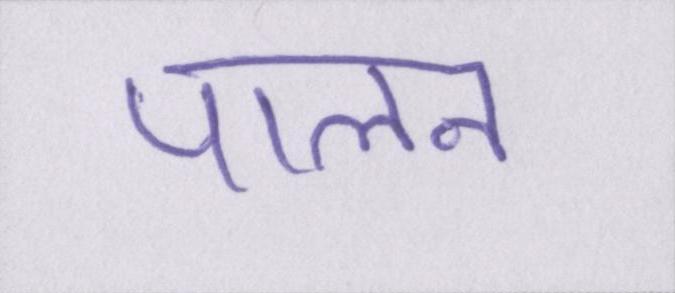
पालन